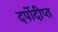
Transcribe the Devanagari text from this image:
दर्पोदीप्त